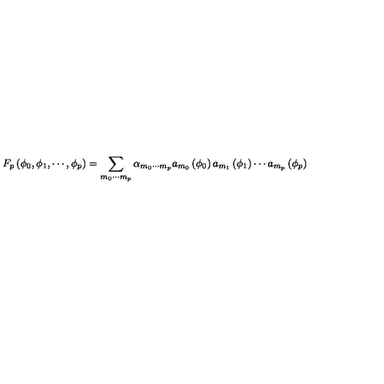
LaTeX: F _ { p } \left( \phi _ { 0 } , \phi _ { 1 } , \cdots , \phi _ { p } \right) = \sum _ { m _ { 0 } \cdots m _ { p } } \alpha _ { m _ { 0 } \cdots m _ { p } } a _ { m _ { 0 } } \left( \phi _ { 0 } \right) a _ { m _ { 1 } } \left( \phi _ { 1 } \right) \cdots a _ { m _ { p } } \left( \phi _ { p } \right)